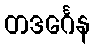
တဒင်္ဂေန